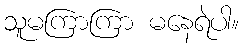
သူမကြာကြာ မနေရဲပါ။